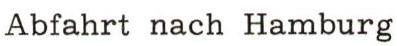
Abfahrt nach Hamburg